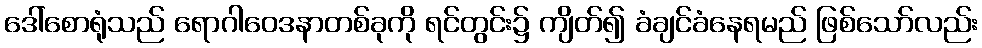
ဒေါ်စောရုံသည် ရောဂါဝေဒနာတစ်ခုကို ရင်တွင်း၌ ကျိတ်၍ ခံချင်ခံနေရမည် ဖြစ်သော်လည်း